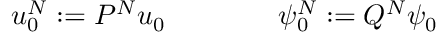
u _ { 0 } ^ { N } : = P ^ { N } u _ { 0 } \qquad \qquad \psi _ { 0 } ^ { N } : = Q ^ { N } \psi _ { 0 }